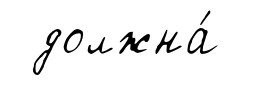
должна́